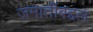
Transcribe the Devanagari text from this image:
जमातींबद्दल